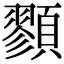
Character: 顟